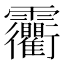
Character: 𩇐